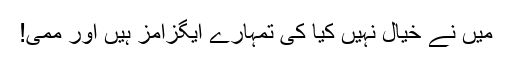
میں نے خیال نہیں کیا کی تمہارے ایگزامز ہیں اور ممی!